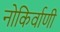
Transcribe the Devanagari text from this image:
नोकिर्वाणी